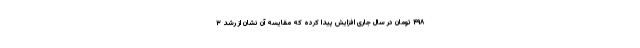
۴۹۸ تومان در سال جاری افزایش پیدا کرده که مقایسه آن نشان از رشد ۳